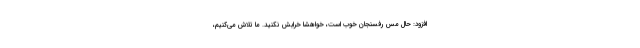
افزود: حال مس رفسنجان خوب است، خواهشا خرابش نکنید. ما تلاش می‌کنیم،